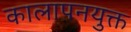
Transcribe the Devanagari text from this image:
कालापनयुक्त